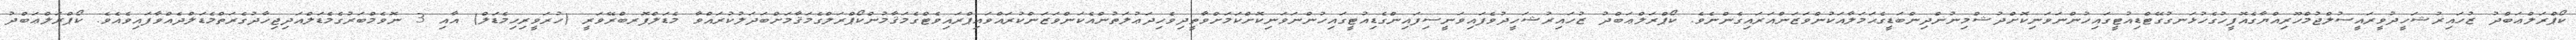
ކޯޕްރަލްޢަބްދު ޒުހައިރުޝަހީދުވީރައީސުލްޖުމްހޫރިއްޔާގެއޮފީހުގެހުޅަނގުގޭޓްޑިއުޓީގައިހުންނަވަނިކޮށްދުޝްމިނުންދިންބަޑީގެޙަމަލާއަކުންވަޒަންއަރައިގެންނެވެ. ކޯޕްރަލްޢަބްދު ޒުހައިރުޝަހީދުވެފައިވަނީސިފައިންގެޑިއުޓީގައިހުންނަވަނިކޮށްކަމަށްވާތީދިވެހިދަޢުލަތުންއެކަންވަޒަންކުރައްވައިޕްރައިވެޓްގެމަޤާމުންކޯޕްރަލްގެމަޤާމަށްބަދަލުކުރައްވާ މެޑަލްފޮރބްރޭވަރީ (ހުރަވީރިހިމެޑަލް) އާއި 3 ނޮވެމްބަރުގެމެޑަލްއަދިޖިހާދުގެރަތްމެޑަލްދެއްވާފައިވެއެވެ. ކޯޕްރަލްޢަބްދު